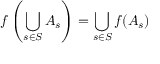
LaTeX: f \left( \bigcup _ { s \in S } A _ { s } \right) = \bigcup _ { s \in S } f ( A _ { s } )